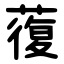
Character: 蕧